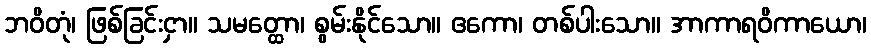
ဘဝိတုံ၊ ဖြစ်ခြင်းငှာ။ သမတ္ထော၊ စွမ်းနိုင်သော။ ဧကော၊ တစ်ပါးသော။ အာကာရဝိကာယော၊